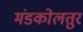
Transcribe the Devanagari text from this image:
मंडकोलतुर